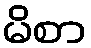
မိစာ